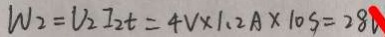
W _ { 2 } = V _ { 2 } I _ { 2 } t = 4 V \times 1 . 2 A \times 1 0 s = 2 8 V